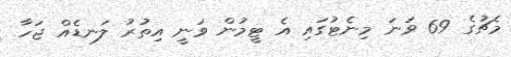
މެޗުގެ 69 ވަނަ މިނެޓުގައި އެ ޓީމުން ވަނީ އިތުރު ލަނޑެއް ޖަހާ